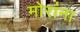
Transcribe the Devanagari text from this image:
मोरांना